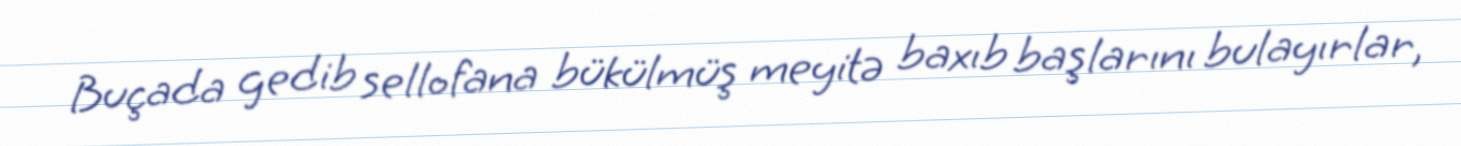
Buçada gedib sellofana bükülmüş meyitə baxıb başlarını bulayırlar,